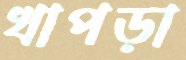
খাপড়া